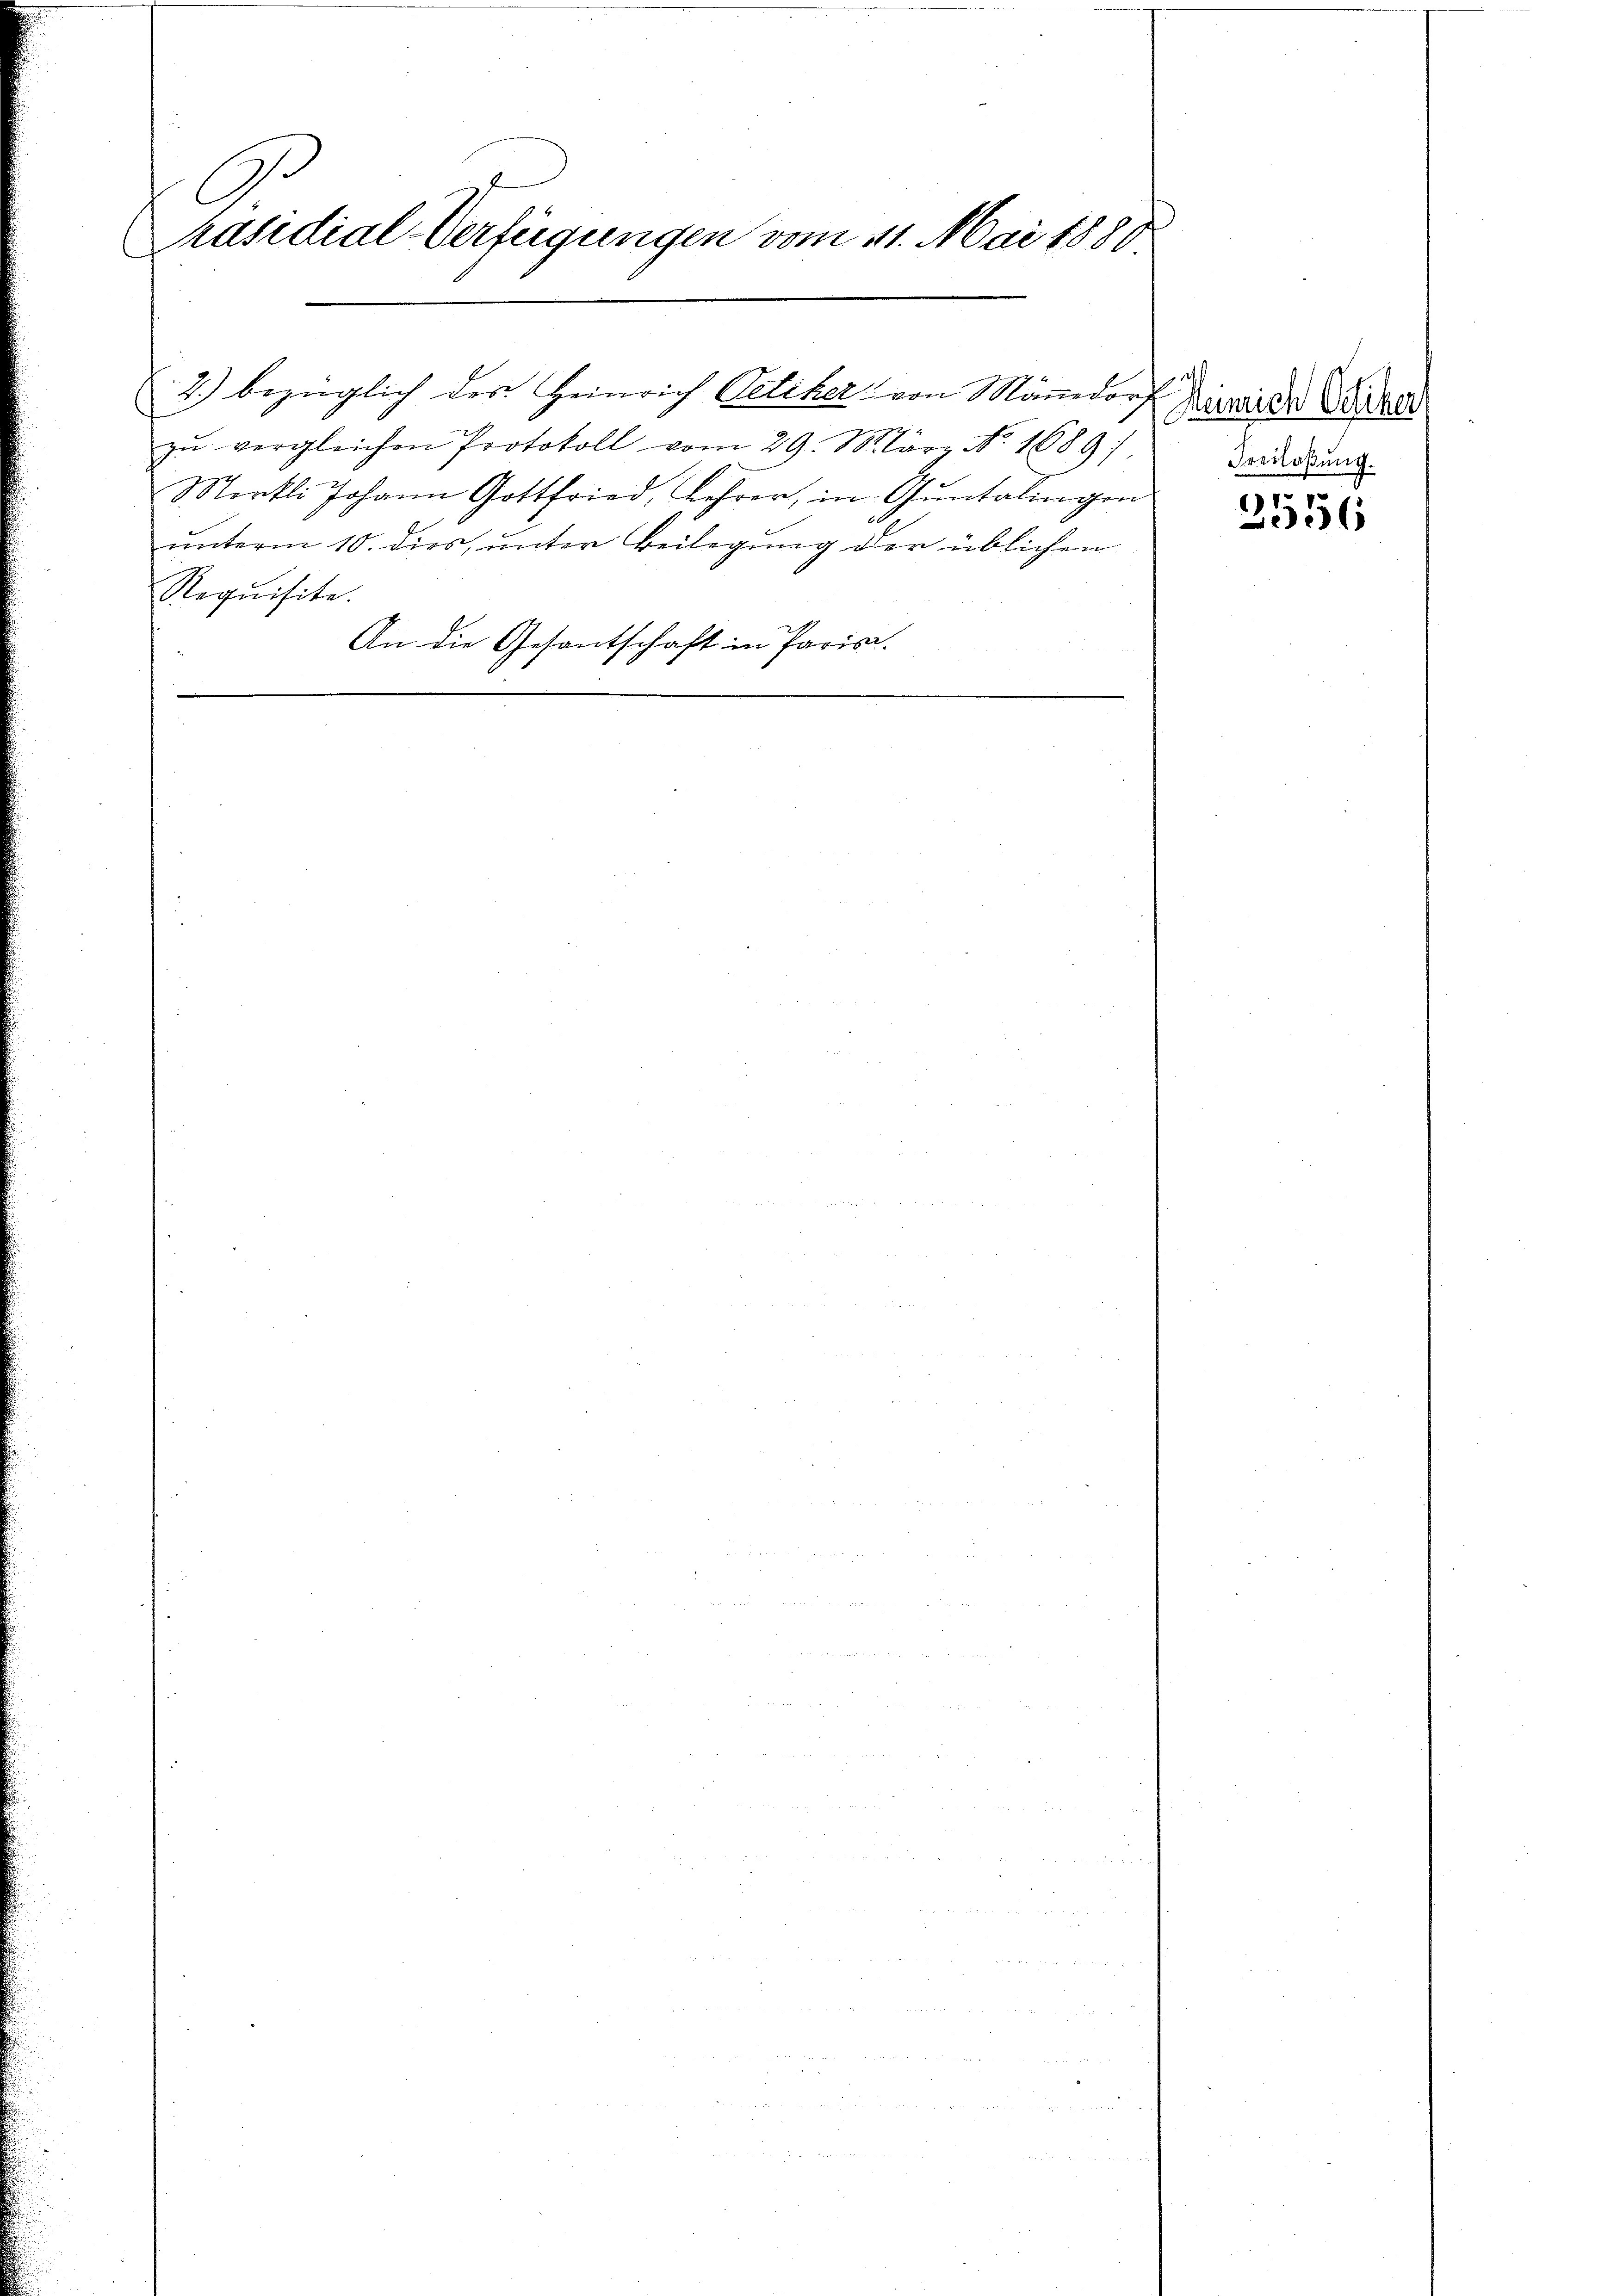
C
Präsidial-Verfügungen vom 11. Mai 1880

zŭ vergleichen Protokoll vom 29. Mär No. 1689)
Merkli Johann Gottfried, Lehrer, in Guntalingen
ŭnterm 10. dies, unter Beilegung der üblichen
Requisite.
An die Gesantschaft in Parisa

2.) bezüglich der Heinrich Petiker von Männedorf Dimite Wider

Freilaßung.

2556